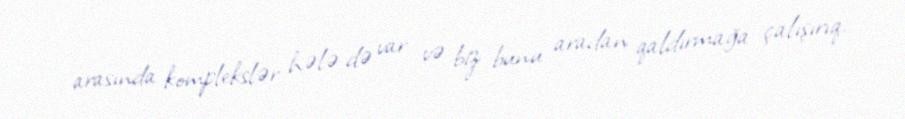
arasında komplekslər hələ də var və biz bunu aradan qaldırmağa çalışırıq.